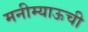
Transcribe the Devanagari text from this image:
मनीम्याऊची